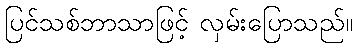
ပြင်သစ်ဘာသာဖြင့် လှမ်းပြောသည်။